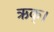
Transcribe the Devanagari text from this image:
ऋक्।